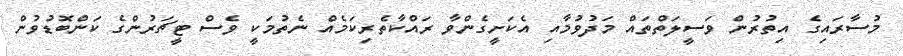
މުސާރައިގެ އިތުރުން ވަސީލަތްތައް މަދުވުމާއި އެކަށީގެންވާ ރައްކާތެރިކަމެއް ނެތުމަކީ ވެސް ޓީޗަރުންގެ ކަންބޮޑުވުން